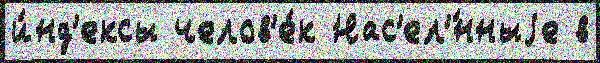
и́нд'ексы челов'е́к Нас'ел'́нныjе в